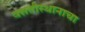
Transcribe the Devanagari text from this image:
वसतीस्थानाचा